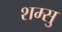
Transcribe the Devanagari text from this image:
शम्सु